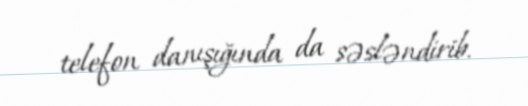
telefon danışığında da səsləndirib.